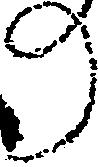
の